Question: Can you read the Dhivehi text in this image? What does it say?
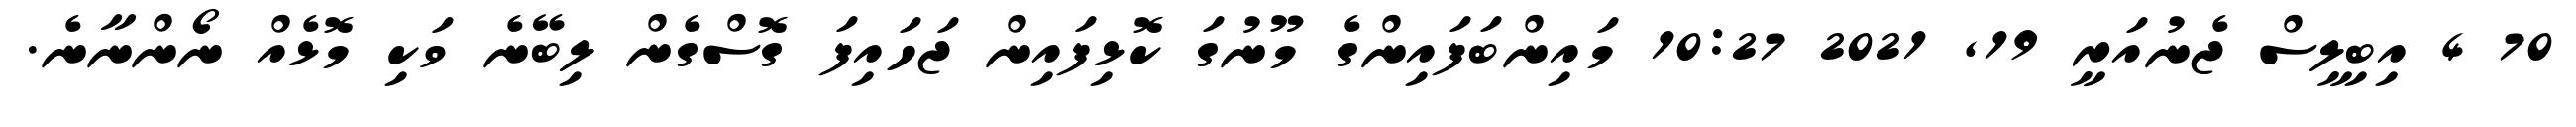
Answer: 70 4 އިބިލީސް ޖެނުއަރީ 19, 2021 10:27 މައިންބަފައިންގެ މޫނުގަ ކޮޅިފައިން ޖަހައިފަ ގޮސްގެން ލިބޭނެ ވަކި މޮޅެއް ނޯންނާނެ.